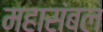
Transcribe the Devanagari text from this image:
महासंबल